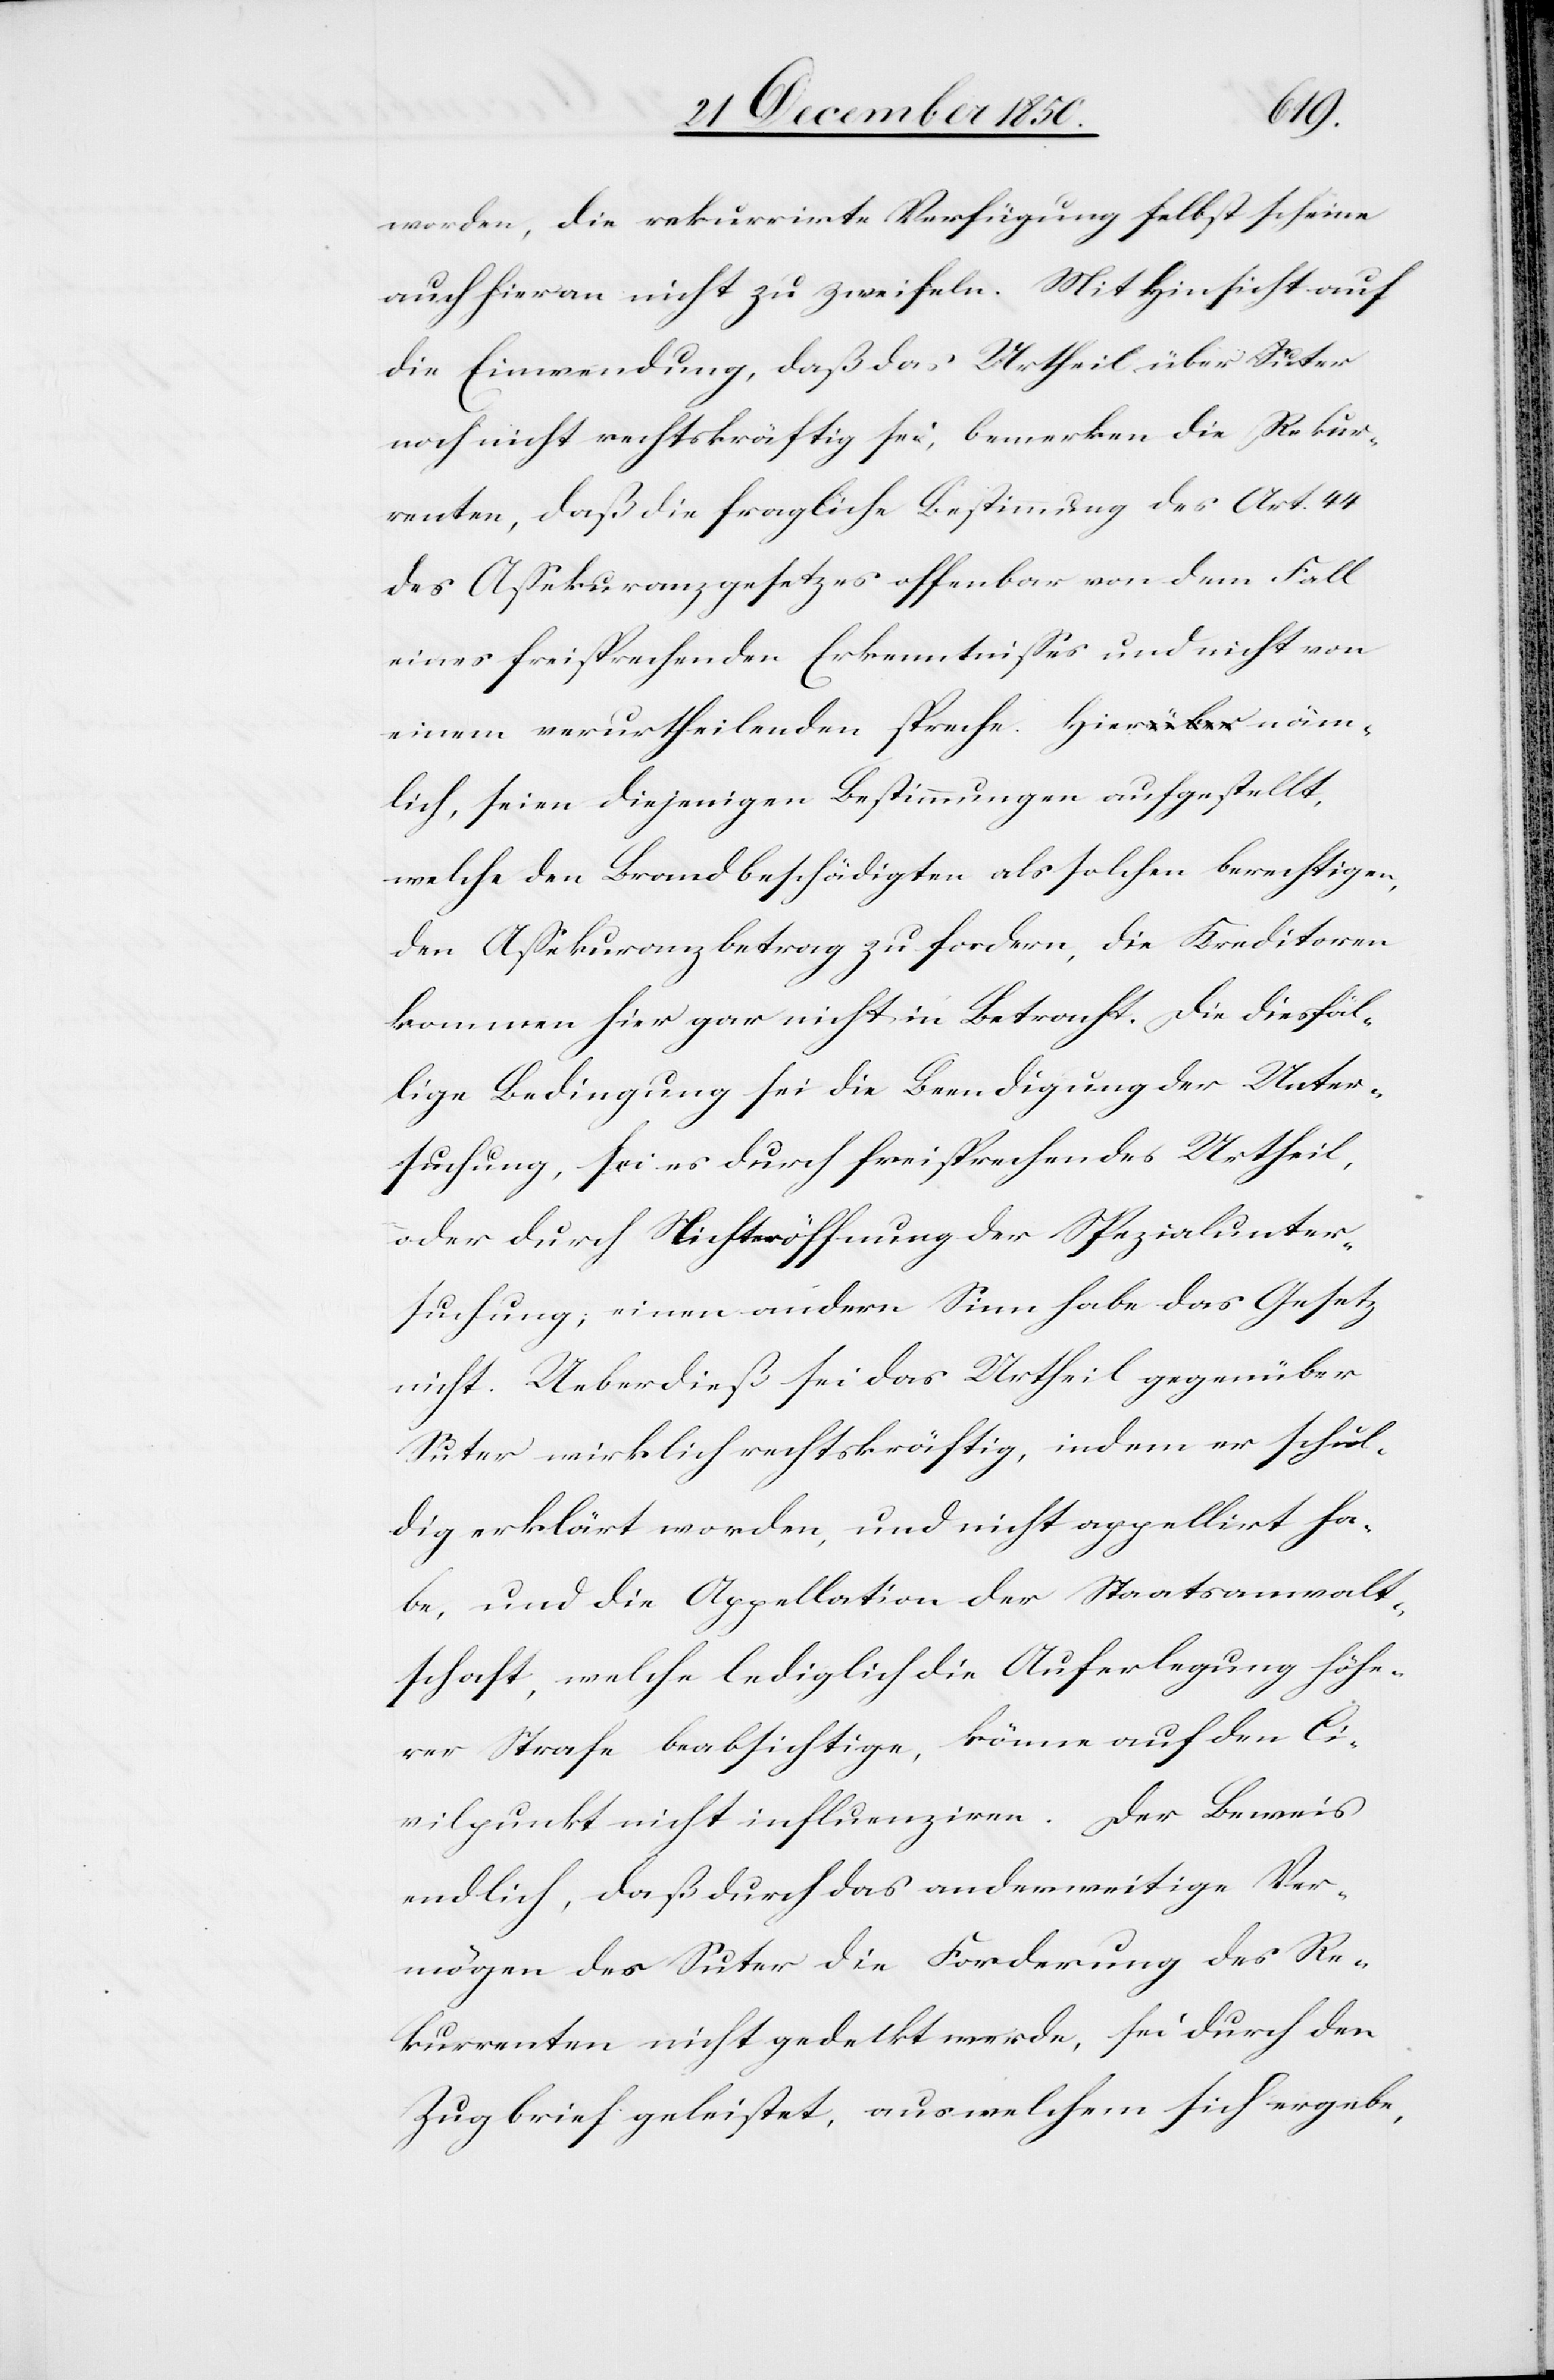
worden, die rekurrirte Verfügung selbst scheine
auch hieran nicht zu zweifeln. Mit Hinsicht auf
die Einwendung, daß das Urtheil über Suter
noch nicht rechtskräftig sei, bemerken die Rekur¬
renten, daß die fragliche Bestimmung des Art. 44
des Assekuranzgesetzes offenbar von dem Fall
eines freisprechenden Erkenntnisses und nicht von
einem verurtheilenden spreche. Hier näm¬
lich, seien diejenigen Bestimmungen aufgestellt,
welche den Brandbeschädigten als solchen berechtigen,
den Assekuranzbetrag zu fordern, die Kreditoren
kommen hier gar nicht in Betracht. Die diesfäl¬
lige Bedingung sei die Beendigung der Unter¬
suchung, sei es durch freisprechendes Urtheil,
oder durch Nichteröffnung der Spezialunter¬
suchung; einen andern Sinn habe das Gesetz
nicht. Ueberdieß sei das Urtheil gegenüber
Suter wirklich rechtskräftig, indem er schul¬
dig erklärt worden, und nicht appellirt ha¬
be, und die Appellation der Staatsanwalt¬
schaft, welche lediglich die Auferlegung höhe¬
rer Strafe beabsichtige, können auf den Ci¬
vilpunkt nicht influenziren. Der Beweis
endlich, daß durch das anderweitige Ver¬
mögen des Suter die Forderung des Re¬
kurrenten nicht gedeckt werden, sie durch den
Zugbrief geleitet, aus welchem sich ergeben,